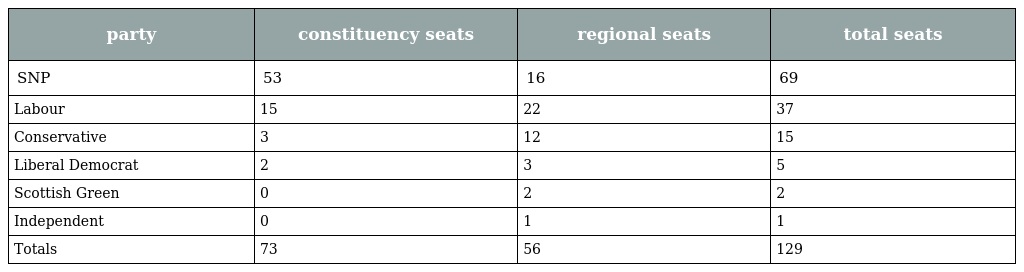
| party | constituency seats | regional seats | total seats |
 | --- | --- | --- | --- |
 | SNP | 53 | 16 | 69 |
 | Labour | 15 | 22 | 37 |
 | Conservative | 3 | 12 | 15 |
 | Liberal Democrat | 2 | 3 | 5 |
 | Scottish Green | 0 | 2 | 2 |
 | Independent | 0 | 1 | 1 |
 | Totals | 73 | 56 | 129 |